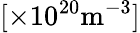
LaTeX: [\times 10^{20}\mathrm{m}^{-3}]